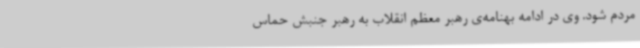
مردم شود. وی در ادامه بهنامه‌ی رهبر معظم انقلاب به رهبر جنبش حماس